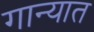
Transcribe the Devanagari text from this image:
गान्यात